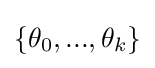
\left\{\theta _{0},...,\theta _{k}\right\}